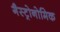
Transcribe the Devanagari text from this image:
गैस्ट्रोनोमिक